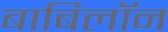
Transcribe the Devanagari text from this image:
बाबिलॉन